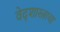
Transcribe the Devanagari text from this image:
वेद्शास्त्राचा